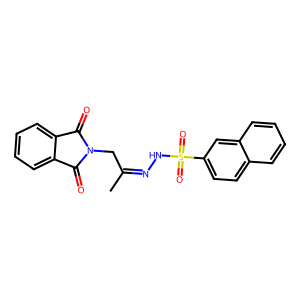
SMILES: CC(CN1C(=O)c2ccccc2C1=O)=NNS(=O)(=O)c1ccc2ccccc2c1
Inhibits HIV replication: No